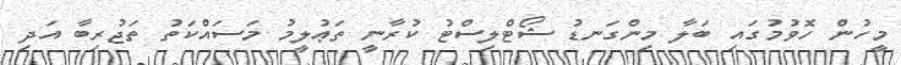
މީހުން ހޮވުމުގައި ބަލާ މިންގަނޑު ޝޯޓްލިސްޓު ކުރާނީ ތަޢުލީމު މަސައްކަތު ތަޖުރިބާ އަދި